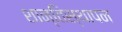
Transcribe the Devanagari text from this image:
शान्तिस्थापन